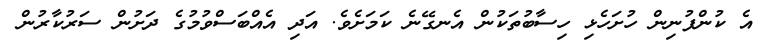
އެ ކުންފުނިން ހުށަހެޅި ހިސާބުތަކުން އެނގޭނެ ކަމަށެވެ. އަދި އެއްބަސްވުމުގެ ދަށުން ސަރުކާރުން